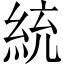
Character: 統